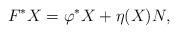
LaTeX: \begin{align*} F^{\ast}X=\varphi^{\ast} X+\eta(X)N,\end{align*}